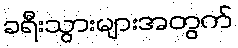
ခရီးသွားများအတွက်